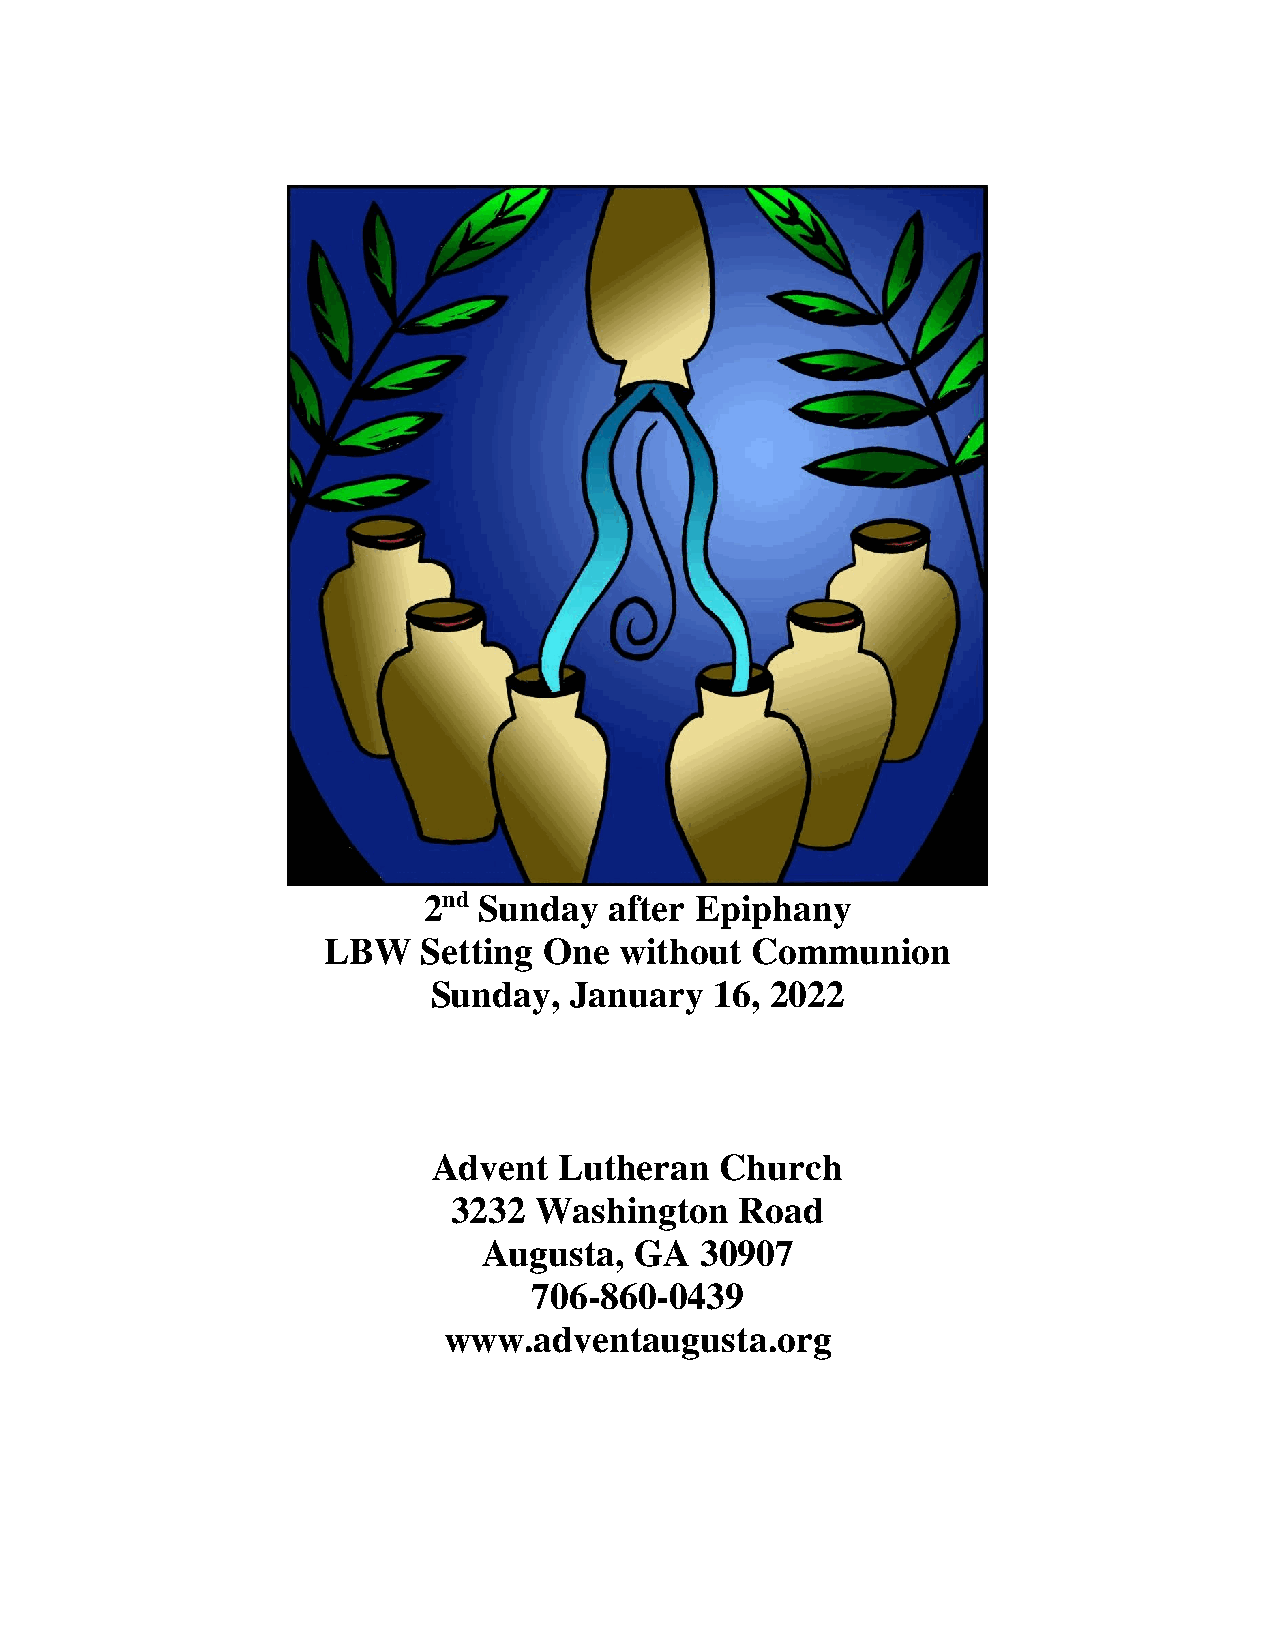
2nd Sunday  after Epiphany
 LBW    Setting One  without  Communion
 Sunday,  January  16, 2022
 Advent  Lutheran   Church
 3232 Washington    Road
 Augusta,  GA  30907
 706-860-0439
 www.adventaugusta.org